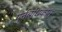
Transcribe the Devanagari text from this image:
पुर्नबांधकाम